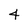
Character: 4